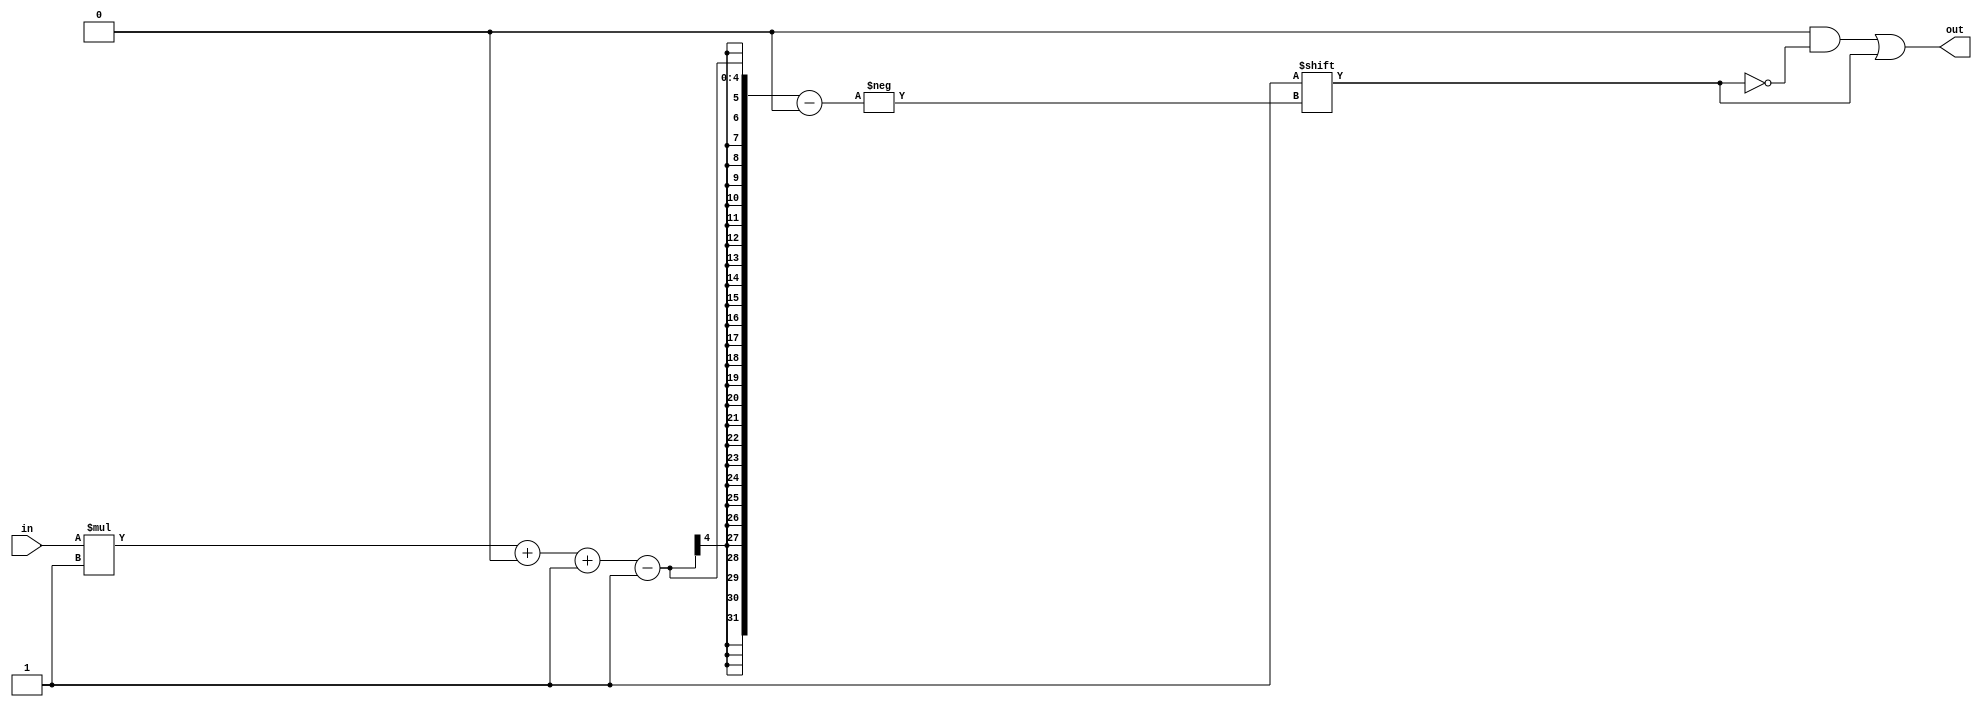
/*
   This file was generated automatically by Alchitry Labs version 1.2.1.
   Do not edit this file directly. Instead edit the original Lucid source.
   This is a temporary file and any changes made to it will be destroyed.
*/

/*
   Parameters:
     WIDTH = DIGIT_BITS
*/
module decoder_15 (
    input [0:0] in,
    output reg [1:0] out
  );
  
  localparam WIDTH = 1'h1;
  
  
  always @* begin
    out = 1'h0;
    out[(in)*1+0-:1] = 1'h1;
  end
endmodule